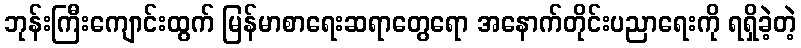
ဘုန်းကြီးကျောင်းထွက် မြန်မာစာရေးဆရာတွေရော အနောက်တိုင်းပညာရေးကို ရရှိခဲ့တဲ့